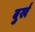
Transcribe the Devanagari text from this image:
बुर्ख